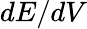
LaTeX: dE/dV